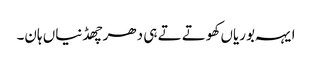
ایہہ بوریاں کھوتے تے ہی دھر چھڈنیاں ہان۔